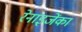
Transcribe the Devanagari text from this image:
रेनाइजेंका